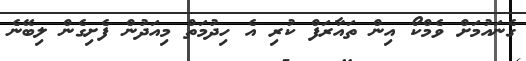
ގެނައުމަށް ވެމްކޯ އިން ތައާރަފް ކުރި އެ ހިދުމަތް މިއަދުން ފެށިގެން ލިބޭނެ